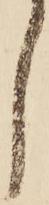
し